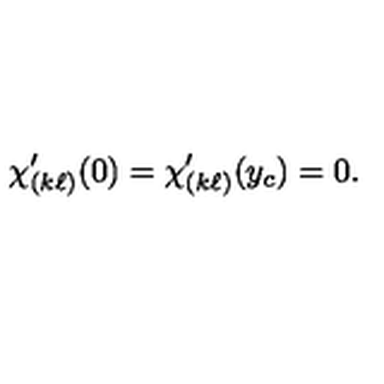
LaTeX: \chi _ { ( k \ell ) } ^ { \prime } ( 0 ) = \chi _ { ( k \ell ) } ^ { \prime } ( y _ { c } ) = 0 .